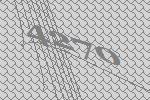
4270